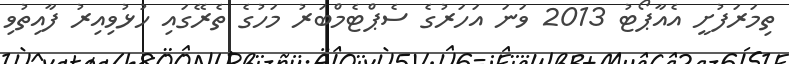
ތިމަރަފުށީ އެއާޕޯޓު 2013 ވަނަ އަހަރުގެ ސެޕްޓެމްބަރު މަހުގެ ތެރޭގައި ހުޅުވިއިރު ފާއިތުވި